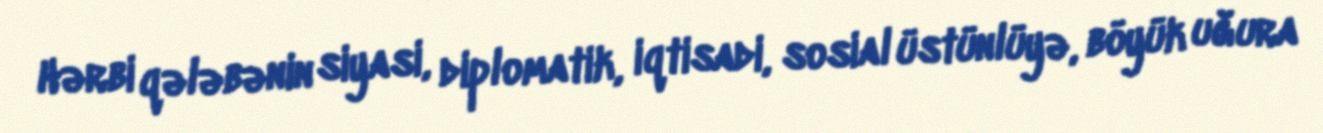
Hərbi qələbənin siyasi, diplomatik, iqtisadi, sosial üstünlüyə, böyük uğura